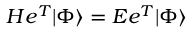
H e ^ { T } | \Phi \rangle = E e ^ { T } | \Phi \rangle